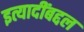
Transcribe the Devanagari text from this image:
इत्यादींबद्दल